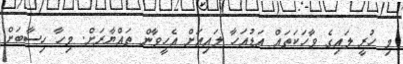
މި ހުރީ ލައިގެ ވާހަކަތައް އަޑުއަހާ ލައިއަށް އެހީވާން ތައްޔާރަށް. މިހާ ހިސާބަށް